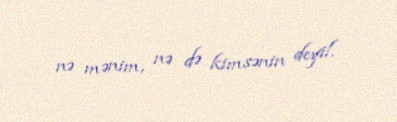
nə mənim, nə də kimsənin deyil.